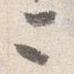
ニ